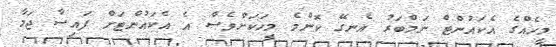
މީހެއްގެ އެކައުންޓް ނަމްބަރު އެނގޭ ކޮންމެ މީހަަކަށްވެސް އެ އެކައުންޓަށް ފައިސާ ޖަމާ